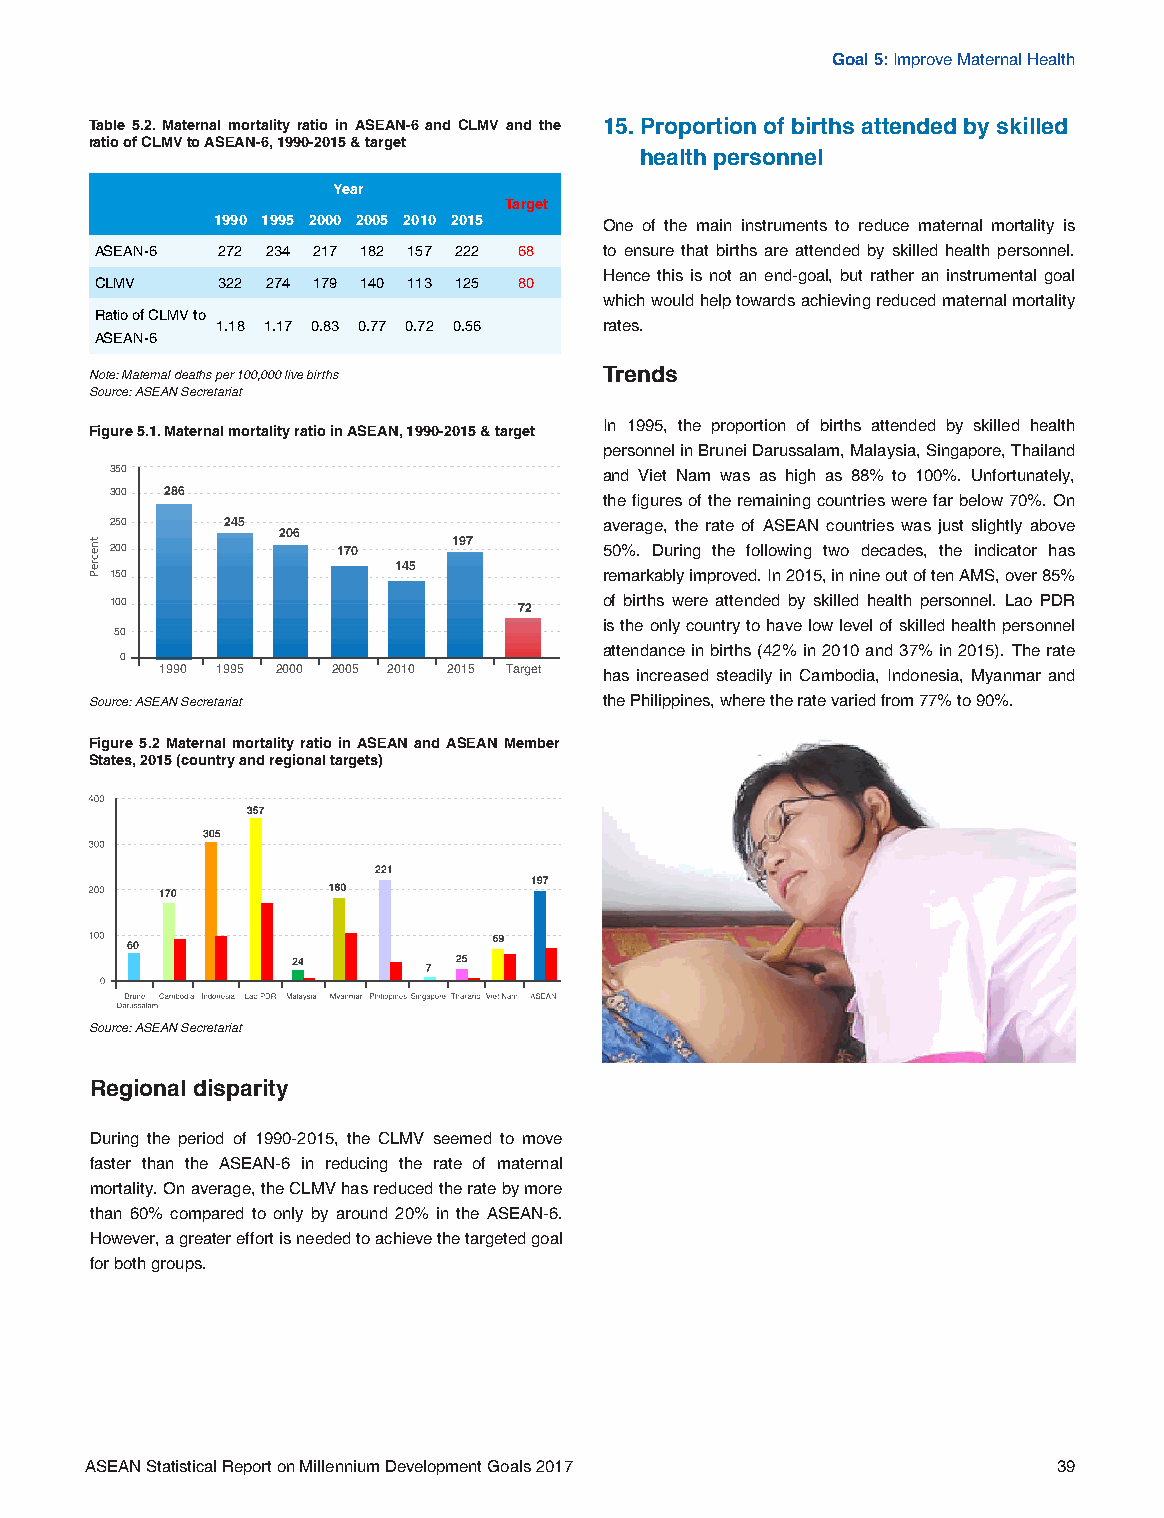
Goal 5: Improve Maternal Health
 Table 5.2. Maternal mortality ratio in ASEAN-6 and CLMV and the 15. Proportion of births attended by skilled
 ratio of CLMV to ASEAN-6, 1990-2015 & target
 health personnel
 Year
 Target
 1990 1995 2000 2005 2010 2015 One of the main instruments to reduce maternal mortality is
 ASEAN-6 272 234 217 182 157 222 68 to ensure that births are attended by skilled health personnel.
 Hence this is not an end-goal, but rather an instrumental goal
 CLMV    322 274 179 140 113 125 80
 which would help towards achieving reduced maternal mortality
 Ratio of CLMV to
 1.18 1.17 0.83 0.77 0.72 0.56 rates.
 ASEAN-6
 Note: Maternal deaths per 100,000 live births Trends
 Source: ASEAN Secretariat
 Figure 5.1. Maternal mortality ratio in ASEAN, 1990-2015 & target In 1995, the proportion of births attended by skilled health
 personnel in Brunei Darussalam, Malaysia, Singapore, Thailand
 350                              and Viet Nam was as high as 88% to 100%. Unfortunately,
 300 286                          the figures of the remaining countries were far below 70%. On
 250     245                      average, the rate of ASEAN countries was just slightly above
 206
 197
 200            170               50%. During the following two decades, the indicator has
 145
 150                              remarkably improved. In 2015, in nine out of ten AMS, over 85%
 100                        72    of births were attended by skilled health personnel. Lao PDR
 is the only country to have low level of skilled health personnel
 50
 attendance in births (42% in 2010 and 37% in 2015). The rate
 0
 1990 1995 2000 2005 2010 2015 Target has increased steadily in Cambodia, Indonesia, Myanmar and
 Source: ASEAN Secretariat         the Philippines, where the rate varied from 77% to 90%.
 Figure 5.2 Maternal mortality ratio in ASEAN and ASEAN Member
 States, 2015 (country and regional targets)
 Source: ASEAN Secretariat
 Regional disparity
 During the period of 1990-2015, the CLMV seemed to move
 faster than the ASEAN-6 in reducing the rate of maternal
 mortality. On average, the CLMV has reduced the rate by more
 than 60% compared to only by around 20% in the ASEAN-6.
 However, a greater effort is needed to achieve the targeted goal
 for both groups.
 ASEAN Statistical Report on Millennium Development Goals 2017   39
 tnecreP